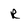
Character: R